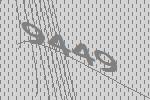
9449